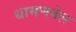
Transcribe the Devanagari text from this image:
धामणवेल